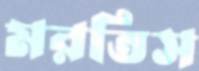
মরতিস